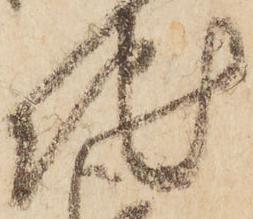
地